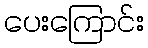
ပေးကြောင်း